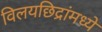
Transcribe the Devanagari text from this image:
विलयछिद्रांमध्ये